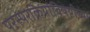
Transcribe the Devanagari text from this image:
परस्परक्रियांविषयीच्या